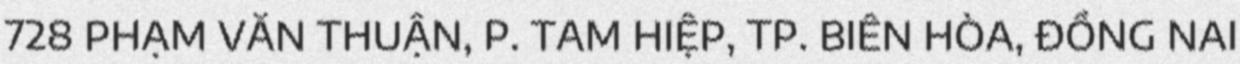
728 PHẠM VĂN THUẬN, P. TAM HIỆP, TP. BIÊN HÒA, ĐỒNG NAI